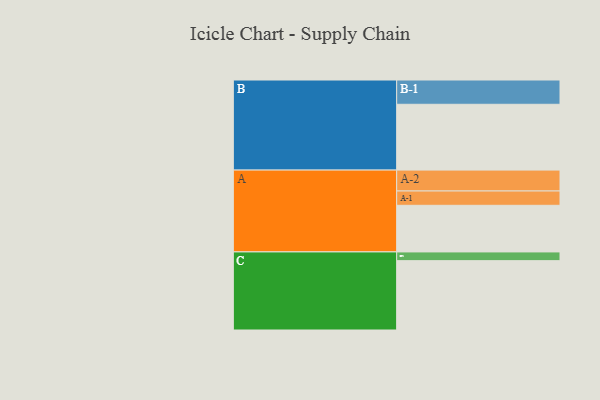
{"axis": {"x": "Segment", "y": "Value"}, "legend": ["", "A", "B", "C"], "data": [{"x": "A", "y": 384, "type": ""}, {"x": "B", "y": 542, "type": ""}, {"x": "C", "y": 571, "type": ""}, {"x": "A-1", "y": 118, "type": "A"}, {"x": "A-2", "y": 172, "type": "A"}, {"x": "B-1", "y": 200, "type": "B"}, {"x": "C-1", "y": 72, "type": "C"}]}